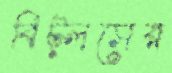
বিট্লসের